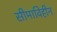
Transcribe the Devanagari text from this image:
सीमाविहीन